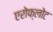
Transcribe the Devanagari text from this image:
एरोफ्लोट